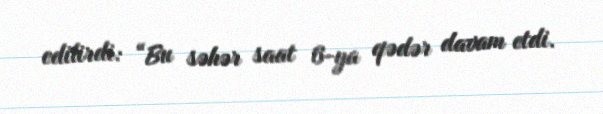
edilirdi: “Bu səhər saat 6-ya qədər davam etdi.